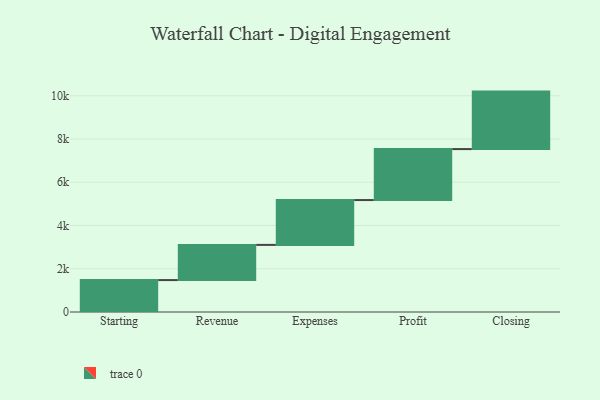
{"axis": {"x": "Step", "y": "Value"}, "legend": [""], "data": [{"x": "Starting", "y": 1476.0, "type": ""}, {"x": "Revenue", "y": 1627.0, "type": ""}, {"x": "Expenses", "y": 2074.0, "type": ""}, {"x": "Profit", "y": 2357.0, "type": ""}, {"x": "Closing", "y": 2659.0, "type": ""}]}